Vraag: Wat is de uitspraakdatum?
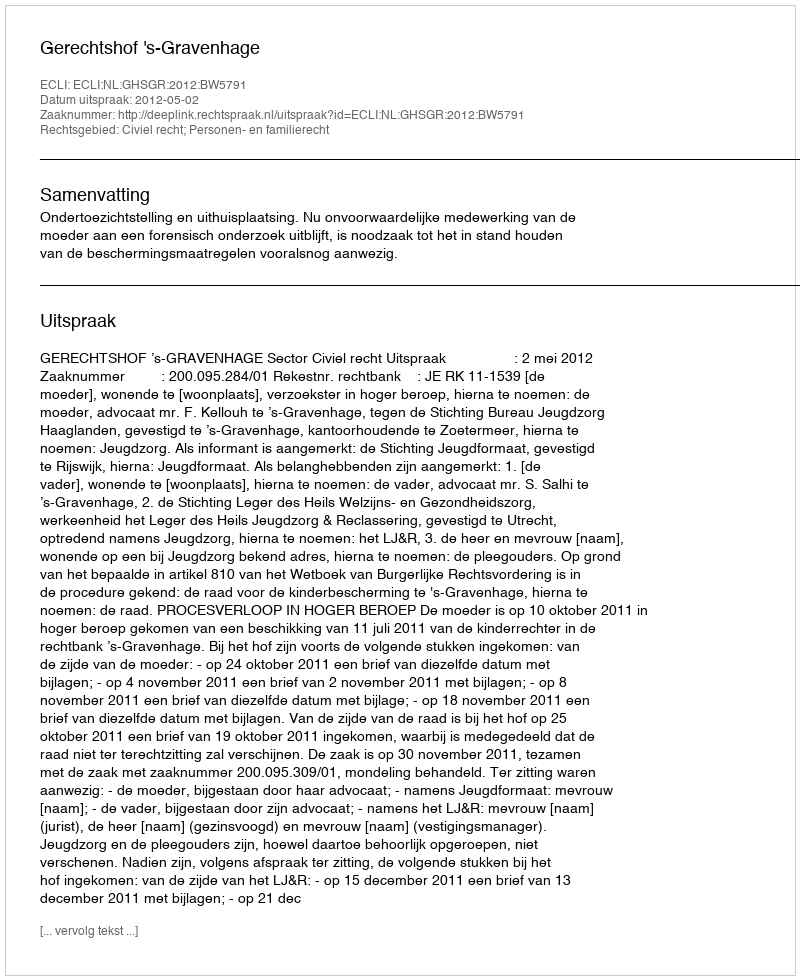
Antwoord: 2012-05-02